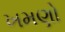
ખમણો